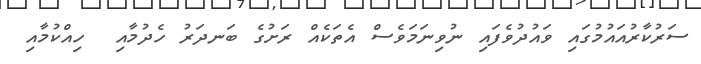
ސަރުކާރުއައުމުގައި ވައުދުވެފައި ނުވިނަމަވެސް އެތަކެއް ރަށުގެ ބަނދަރު ހެދުމާއި  ހިއްކުމާއި